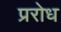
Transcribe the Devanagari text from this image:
प्ररोध